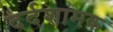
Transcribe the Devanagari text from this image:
दर्दशामक